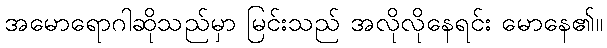
အမောရောဂါဆိုသည်မှာ မြင်းသည် အလိုလိုနေရင်း မောနေ၏။